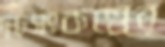
দৃঢ়সংকল্পের